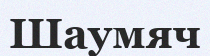
Шаумяч